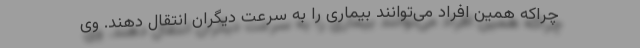
چراکه همین افراد می‌توانند بیماری را به سرعت دیگران انتقال دهند. وی